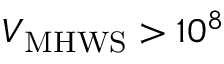
\ensuremath { V _ { \mathrm { M H W S } } } > { \ensuremath 1 0 ^ { 8 } }